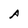
Character: A